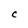
Character: C